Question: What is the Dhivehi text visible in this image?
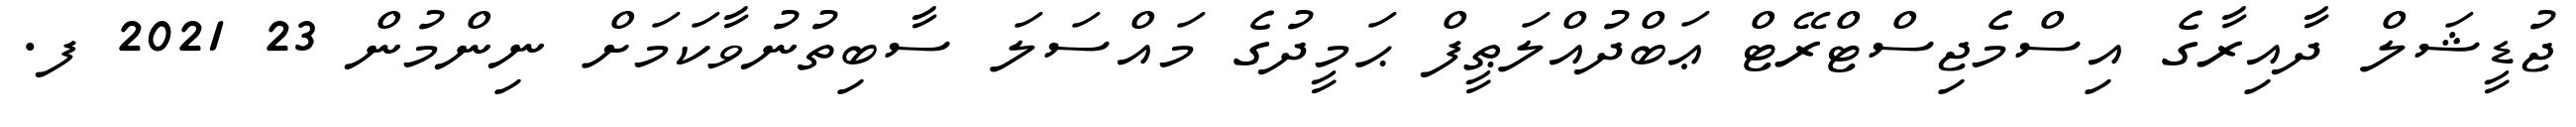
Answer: ޖުޑީޝަލް ދާއިރާގެ އިސްމެޖިސްޓްރޭޓް ޢަބްދުއްލަޠީފް ޙަމީދުގެ މައްސަލަ ސާބިތުނުވާކަމަށް ނިންމުން 23 2021 ފ.